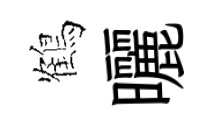
鶴曬